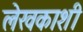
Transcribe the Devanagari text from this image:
लेखकाशी